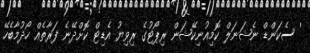
' ސެކަންޑް ނެޝަނަލް ކޮމިއުނިކޭޝަން ރިޕޯޓުގެ ރިވިޔު އެޑިޓް ކޮށްދޭނެ ފަރާތެއް ހޯދުމާބެހޭ